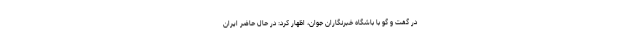
در گفت و گو با باشگاه خبرنگاران جوان، اظهار کرد: در حال حاضر ایران